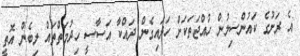
އެ ރަށުގެ ކައުންސިލުން ހުއްޖަތަކަށް ހަދައިގެން ދައްކާ އަސާސީ ހިދުމަތްތައް ލިބެން އޮތީ